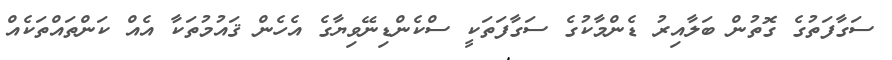
ސަގާފަތުގެ ގޮތުން ބަލާއިރު ޑެންމާކުގެ ސަގާފަތަކީ ސްކެންޑިނޭވިޔާގެ އެހެން ޤައުމުތަކާ އެއް ކަންތައްތަކެއް